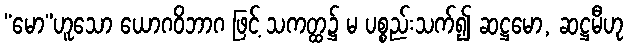
“မော”ဟူသော ယောဂဝိဘာဂ ဖြင့် သကတ္ထ၌ မ ပစ္စည်းသက်၍ ဆဋ္ဌမော, ဆဋ္ဌမီဟု